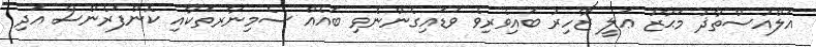
އަލްއުސްތާޛު މަޙާޒު ޢަލީ ޒާހިރު ބައިވެރިވެ ވަޑައިގެންނެވި ބައެއް ސެމިނާރތަކާއި ކޮންފަރެންސް އަދި